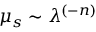
\mu _ { s } \sim \lambda ^ { ( - n ) }